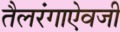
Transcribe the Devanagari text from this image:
तैलरंगाऐवजी